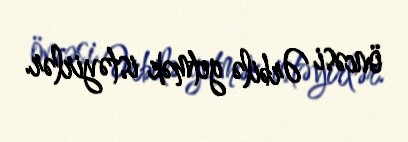
öncəsi Ərbilə getmək istəyirlər.